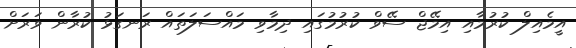
އީމެއިލް ކުރުމާއި އިމޭޖް ސޭވް ކުރުމުގައި ދިމާވި މައްސަލަތައް ރަނގަޅު ކުރާން ވަރަށް